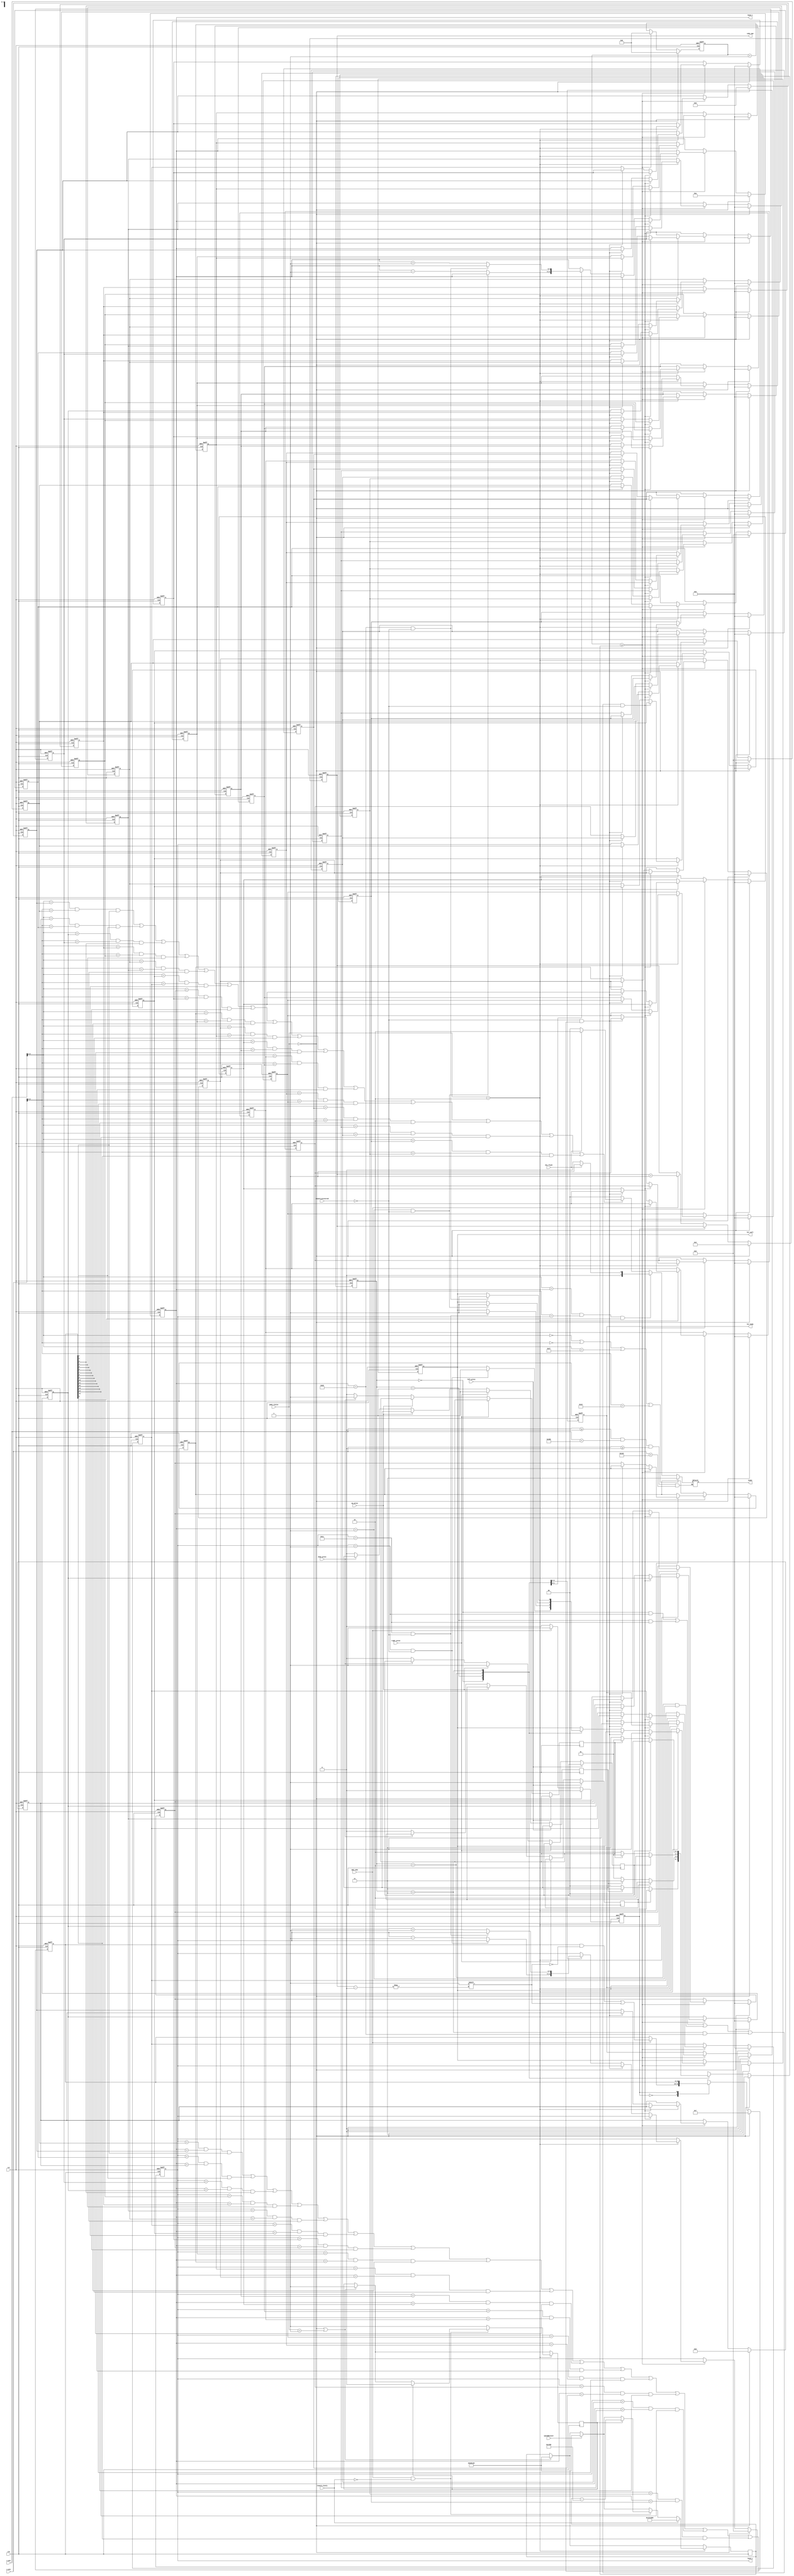
/*
 * @Discription:  
 * @Author: Qin Boyu
 * @Date: 2019-05-07 23:17:17
 * @LastEditTime: 2019-05-19 10:22:07
 */

module snake_moving
(
	input clk,			//
	input rst,			//
	
	input left_press,	//
	input right_press,
	input up_press,
	input down_press,
	
	output reg [1:0]snake,// 00 01 10 11
	
	input [9:0]x_pos,	//  ""
	input [9:0]y_pos,

	output [5:0]head_x,	//apple_generator
	output [5:0]head_y,
	
	input add_cube,		//
	input speedRecover,
	
	input [1:0]game_status,//
	input 	reward_protected,
	input	reward_slowly,
	
	output reg [6:0]cube_num,	//
	
	output reg hit_body,   //
	output reg hit_wall,   //
	input die_flash        //
);
	
	localparam UP = 2'b00;
	localparam DOWN = 2'b01;
	localparam LEFT = 2'b10;
	localparam RIGHT = 2'b11;
	
	localparam NONE = 2'b00;
	localparam HEAD = 2'b01;
	localparam BODY = 2'b10;
	localparam WALL = 2'b11;
	
    localparam RESTART = 2'b00;
	localparam START = 2'b01;
	localparam PLAY = 2'b10;
	
	reg[31:0]cnt;
	
	wire[1:0]direct;
	reg [1:0]direct_r;     //
	assign direct = direct_r;//
	reg[1:0]direct_next;
	
	reg change_to_left;
	reg change_to_right;
	reg change_to_up;
	reg change_to_down;
	
	//16xyis_exist
	reg [5:0]cube_x[15:0];
	reg [5:0]cube_y[15:0];// "" 
	reg [15:0]is_exist;    //
	
	reg addcube_state;
	
	//xyxy
	assign head_x = cube_x[0];
	assign head_y = cube_y[0];
	
	reg [31:0]  speedValue; //  12_500_000 ~ 500_000
	reg     speedSetActive;
	reg [31:0]  tempSpeed;
	always @(posedge clk)
	begin
		if(game_status == RESTART || game_status == START)
		begin
			speedValue <= 12_500_000;
			speedSetActive <= 1'b1;
			tempSpeed <= 12_500_000;
		end
		if(game_status == PLAY)
		begin
			if(speedRecover == 1)
				begin
					speedValue <= 12_500_000;
				end

			if(add_cube ==  1 && reward_slowly == 0)
			begin
				if(speedSetActive == 1'b1)
				begin
					speedValue <= speedValue - 50000;
					speedSetActive <= 0;
				end         
			end
			else
				speedSetActive <= 1;
			
			if(reward_slowly)
			begin
				tempSpeed <= speedValue;
				speedValue <= 20_000_000;
			end
		end
	end 
	
	always @(posedge clk or negedge rst) begin		
		if(!rst)
			direct_r <= RIGHT; //
		else if(game_status == RESTART) 
		    direct_r <= RIGHT;
		else
			direct_r <= direct_next;
	end

    
	always @(posedge clk or negedge rst) begin
		//
		if(!rst) begin
			cnt <= 0;
								
			cube_x[0] <= 10;
			cube_y[0] <= 5;
					
			cube_x[1] <= 9;
			cube_y[1] <= 5;
					
			cube_x[2] <= 8;
			cube_y[2] <= 5;

			cube_x[3] <= 0;
			cube_y[3] <= 0;
					
			cube_x[4] <= 0;
			cube_y[4] <= 0;
					
			cube_x[5] <= 0;
			cube_y[5] <= 0;
					
			cube_x[6] <= 0;
			cube_y[6] <= 0;
					
			cube_x[7] <= 0;
			cube_y[7] <= 0;
					
			cube_x[8] <= 0;
			cube_y[8] <= 0;
					
			cube_x[9] <= 0;
			cube_y[9] <= 0;					
					
			cube_x[10] <= 0;
			cube_y[10] <= 0;
					
			cube_x[11] <= 0;
			cube_y[11] <= 0;
					
            cube_x[12] <= 0;
			cube_y[12] <= 0;
					
			cube_x[13] <= 0;
			cube_y[13] <= 0;
					
			cube_x[14] <= 0;
			cube_y[14] <= 0;
					
			cube_x[15] <= 0;
			cube_y[15] <= 0;

			hit_wall <= 0;
			hit_body <= 0;//3  16 3-
		end		

		else if(game_status == RESTART) begin
                    cnt <= 0;
                                                    
                    cube_x[0] <= 10;
                    cube_y[0] <= 5;
                                        
                    cube_x[1] <= 9;
                    cube_y[1] <= 5;
                                        
                    cube_x[2] <= 8;
                    cube_y[2] <= 5;
                    
                    cube_x[3] <= 0;
                    cube_y[3] <= 0;
                                        
                    cube_x[4] <= 0;
                    cube_y[4] <= 0;
                                        
                    cube_x[5] <= 0;
                    cube_y[5] <= 0;
                                        
                    cube_x[6] <= 0;
                    cube_y[6] <= 0;
                                        
                    cube_x[7] <= 0;
                    cube_y[7] <= 0;
                                        
                    cube_x[8] <= 0;
                    cube_y[8] <= 0;
                                        
                    cube_x[9] <= 0;
                    cube_y[9] <= 0;
                                        
                    cube_x[10] <= 0;
                    cube_y[10] <= 0;
                                        
                    cube_x[11] <= 0;
                    cube_y[11] <= 0;
                                        
                    cube_x[12] <= 0;
                    cube_y[12] <= 0;
                                        
                    cube_x[13] <= 0;
                    cube_y[13] <= 0;
                                        
                    cube_x[14] <= 0;
                    cube_y[14] <= 0;
                                        
                    cube_x[15] <= 0;
                    cube_y[15] <= 0;
                    
                    hit_wall <= 0;
                    hit_body <= 0;//3  16 3                                
        end
		else begin
			cnt <= cnt + 1;
			//0.2512500000clk250000
			if(cnt >= speedValue) begin   //0.02us*12'500'000=0.25s   
				cnt <= 0;
				//PLAY
				if(game_status == PLAY) begin
					//
					if(((direct == UP && cube_y[0] == 1)|(direct == DOWN && cube_y[0] == 28)|(direct == LEFT && cube_x[0] == 1)|(direct == RIGHT && cube_x[0] == 38)) && reward_protected == 0)
					   hit_wall <= 1; //
					//
					else if( reward_protected == 0 &&((cube_y[0] == cube_y[1] && cube_x[0] == cube_x[1] && is_exist[1] == 1)|
							(cube_y[0] == cube_y[2] && cube_x[0] == cube_x[2] && is_exist[2] == 1)|
							(cube_y[0] == cube_y[3] && cube_x[0] == cube_x[3] && is_exist[3] == 1)|
							(cube_y[0] == cube_y[4] && cube_x[0] == cube_x[4] && is_exist[4] == 1)|
							(cube_y[0] == cube_y[5] && cube_x[0] == cube_x[5] && is_exist[5] == 1)|
							(cube_y[0] == cube_y[6] && cube_x[0] == cube_x[6] && is_exist[6] == 1)|
							(cube_y[0] == cube_y[7] && cube_x[0] == cube_x[7] && is_exist[7] == 1)|
							(cube_y[0] == cube_y[8] && cube_x[0] == cube_x[8] && is_exist[8] == 1)|
							(cube_y[0] == cube_y[9] && cube_x[0] == cube_x[9] && is_exist[9] == 1)|
							(cube_y[0] == cube_y[10] && cube_x[0] == cube_x[10] && is_exist[10] == 1)|
							(cube_y[0] == cube_y[11] && cube_x[0] == cube_x[11] && is_exist[11] == 1)|
							(cube_y[0] == cube_y[12] && cube_x[0] == cube_x[12] && is_exist[12] == 1)|
							(cube_y[0] == cube_y[13] && cube_x[0] == cube_x[13] && is_exist[13] == 1)|
							(cube_y[0] == cube_y[14] && cube_x[0] == cube_x[14] && is_exist[14] == 1)|
							(cube_y[0] == cube_y[15] && cube_x[0] == cube_x[15] && is_exist[15] == 1)))
							hit_body <= 1;//Y=Y  X=X    
					else begin
					// 
						cube_x[1] <= cube_x[0];
						cube_y[1] <= cube_y[0];
										
						cube_x[2] <= cube_x[1];
						cube_y[2] <= cube_y[1];
										
						cube_x[3] <= cube_x[2];
						cube_y[3] <= cube_y[2];
										
						cube_x[4] <= cube_x[3];
						cube_y[4] <= cube_y[3];
										
						cube_x[5] <= cube_x[4];
						cube_y[5] <= cube_y[4];
										
						cube_x[6] <= cube_x[5];
						cube_y[6] <= cube_y[5];
										
						cube_x[7] <= cube_x[6];
						cube_y[7] <= cube_y[6];
										
						cube_x[8] <= cube_x[7];
						cube_y[8] <= cube_y[7];
										
						cube_x[9] <= cube_x[8];
						cube_y[9] <= cube_y[8];
										
						cube_x[10] <= cube_x[9];
						cube_y[10] <= cube_y[9];
										
						cube_x[11] <= cube_x[10];
						cube_y[11] <= cube_y[10];
										
						cube_x[12] <= cube_x[11];
						cube_y[12] <= cube_y[11];
										 
						cube_x[13] <= cube_x[12];
						cube_y[13] <= cube_y[12];
										
						cube_x[14] <= cube_x[13];
						cube_y[14] <= cube_y[13];
										
						cube_x[15] <= cube_x[14];
						cube_y[15] <= cube_y[14];
					// 	
						case(direct)							
							UP: begin
							    if(cube_y[0] == 1 && reward_protected == 0)
									hit_wall <= 1;
								else
									cube_y[0] <= cube_y[0]-1;
							end
									
							DOWN: begin
								if(cube_y[0] == 28 && reward_protected == 0)
									hit_wall <= 1;
								else
									cube_y[0] <= cube_y[0] + 1;
							end
										
							LEFT: begin
								if(cube_x[0] == 1 && reward_protected == 0)
									hit_wall <= 1;
								else
									cube_x[0] <= cube_x[0] - 1;											
							end

							RIGHT: begin
								if(cube_x[0] == 38 && reward_protected == 0)
									hit_wall <= 1;
                                else
									cube_x[0] <= cube_x[0] + 1;
							end
						endcase				// 
					end
				end
			end
		end
	end
	
	always @(*) begin   //
		direct_next = direct;		
        case(direct)	
		    UP: begin    //Direct_nextDirect_nextDirect_rDirect
			    if(change_to_left)
				    direct_next = LEFT;
			    else if(change_to_right)
				    direct_next = RIGHT;
			    else
				    direct_next = UP;			
		    end		
			
		    DOWN: begin
			    if(change_to_left)
				    direct_next = LEFT;
			    else if(change_to_right)
			        direct_next = RIGHT;
			    else
				    direct_next = DOWN;			
		    end		
			
		    LEFT: begin
			    if(change_to_up)
				    direct_next = UP;
			    else if(change_to_down)
    			    direct_next = DOWN;
			    else
				    direct_next = LEFT;			
		    end
		
		    RIGHT: begin
			    if(change_to_up)
				    direct_next = UP;
			    else if(change_to_down)
				    direct_next = DOWN;
			    else
				    direct_next = RIGHT;
		    end	
	    endcase
	end
	
	always @(posedge clk) begin     //
		if(left_press == 1)
			change_to_left <= 1;
		else if(right_press == 1)
			change_to_right <= 1;
		else if(up_press == 1)
			change_to_up <= 1;
		else if(down_press == 1)
			change_to_down <= 1;
		else begin
			change_to_left <= 0;
			change_to_right <= 0;
			change_to_up <= 0;
			change_to_down <= 0;
		end
	end
	
	always @(posedge clk or negedge rst) begin
//add_cube==1"is_exixt[cube_num]<=1",cube_num""		
		if(!rst) begin
			is_exist <= 16'd7;
			cube_num <= 3;
			addcube_state <= 0;//3is_exist=0000_0000_0111,
		end  
		else if (game_status == RESTART) begin
		      is_exist <= 16'd7;
              cube_num <= 3;
              addcube_state <= 0;
         end
		else begin			
			case(addcube_state) //
				0:begin
					if(add_cube) begin
						cube_num <= cube_num + 1;
						is_exist[cube_num] <= 1;
						addcube_state <= 1;//""
					end						
				end
				1:begin
					if(!add_cube)
						addcube_state <= 0;				
				end
			endcase
		end
	end
	
	reg[3:0]lox;
	reg[3:0]loy;
	
	always @(x_pos or y_pos ) begin				
		if(x_pos >= 0 && x_pos < 640 && y_pos >= 0 && y_pos < 480) begin
			if(x_pos[9:4] == 0 | y_pos[9:4] == 0 | x_pos[9:4] == 39 | y_pos[9:4] == 29)
				snake = WALL;//
			else if(x_pos[9:4] == cube_x[0] && y_pos[9:4] == cube_y[0] && is_exist[0] == 1) 
				snake = (die_flash == 1) ? HEAD : NONE;//
			else if
				((x_pos[9:4] == cube_x[1] && y_pos[9:4] == cube_y[1] && is_exist[1] == 1)|
				 (x_pos[9:4] == cube_x[2] && y_pos[9:4] == cube_y[2] && is_exist[2] == 1)|
				 (x_pos[9:4] == cube_x[3] && y_pos[9:4] == cube_y[3] && is_exist[3] == 1)|
				 (x_pos[9:4] == cube_x[4] && y_pos[9:4] == cube_y[4] && is_exist[4] == 1)|
				 (x_pos[9:4] == cube_x[5] && y_pos[9:4] == cube_y[5] && is_exist[5] == 1)|
				 (x_pos[9:4] == cube_x[6] && y_pos[9:4] == cube_y[6] && is_exist[6] == 1)|
				 (x_pos[9:4] == cube_x[7] && y_pos[9:4] == cube_y[7] && is_exist[7] == 1)|
				 (x_pos[9:4] == cube_x[8] && y_pos[9:4] == cube_y[8] && is_exist[8] == 1)|
				 (x_pos[9:4] == cube_x[9] && y_pos[9:4] == cube_y[9] && is_exist[9] == 1)|
				 (x_pos[9:4] == cube_x[10] && y_pos[9:4] == cube_y[10] && is_exist[10] == 1)|
				 (x_pos[9:4] == cube_x[11] && y_pos[9:4] == cube_y[11] && is_exist[11] == 1)|
				 (x_pos[9:4] == cube_x[12] && y_pos[9:4] == cube_y[12] && is_exist[12] == 1)|
				 (x_pos[9:4] == cube_x[13] && y_pos[9:4] == cube_y[13] && is_exist[13] == 1)|
				 (x_pos[9:4] == cube_x[14] && y_pos[9:4] == cube_y[14] && is_exist[14] == 1)|
				 (x_pos[9:4] == cube_x[15] && y_pos[9:4] == cube_y[15] && is_exist[15] == 1))
				 snake = (die_flash == 1) ? BODY : NONE;//
			else snake = NONE;
		end
	end
endmodule